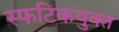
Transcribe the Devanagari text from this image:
स्फटिकयुक्त